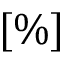
[ \% ]